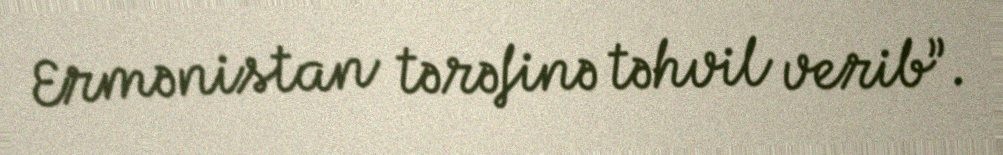
Ermənistan tərəfinə təhvil verib”.